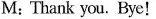
M: Thank you. Bye!